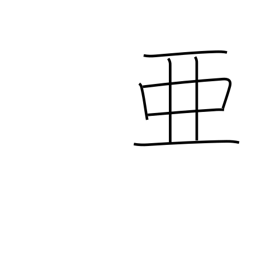
Meaning: come after